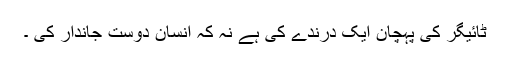
ٹائیگر کی پہچان ایک درندے کی ہے نہ کہ انسان دوست جاندار کی ۔